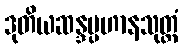
ဒုတိယဆန္ဒပ္ပဟာနသုတ္တံ